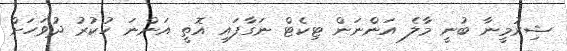
ޝިރުމީނާ ބުނީ މާލެ އަންނަން ޓިކެޓް ނަގާފައި އޮތީ އަންނަ ހުކުރު ދުވަހަށް